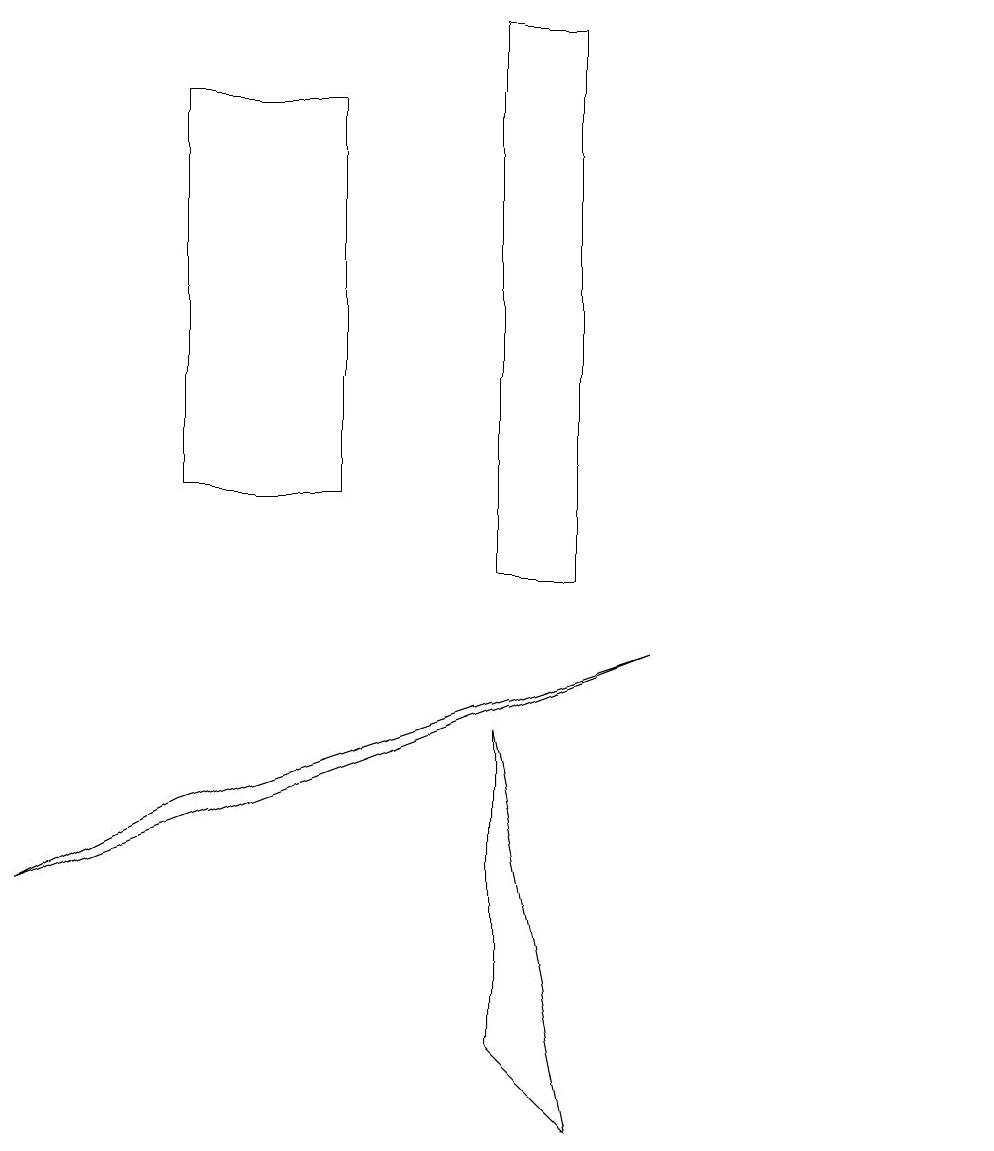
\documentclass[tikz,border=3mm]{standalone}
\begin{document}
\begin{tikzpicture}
\draw (6,4) -- (7,3) -- (6,8) -- cycle;
\draw (8,9) -- (2,7) -- (0,6) -- cycle;
\draw (2,11) rectangle (4,16);
\draw (12,12) circle (0);
\draw (6,10) rectangle (7,17);
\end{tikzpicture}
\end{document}